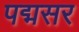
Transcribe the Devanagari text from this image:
पद्मसर